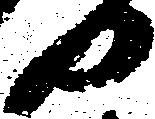
日